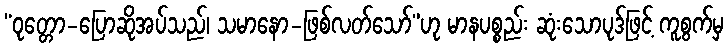
“ဝုတ္တော-ပြောဆိုအပ်သည်၊ သမာနော-ဖြစ်လတ်သော်”ဟု မာနပစ္စည်း ဆုံးသောပုဒ်ဖြင့် ကူစွက်မှ